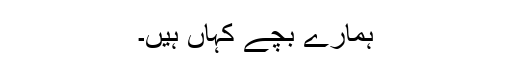
ہمارے بچے کہاں ہیں۔